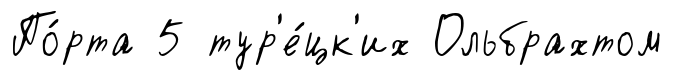
По́рта 5 тур'е́цк'их Ольбрахтом